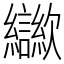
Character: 㱍